Lunatic asylums United Provinces 1899-1908 - 1899-1908
Year: 1899
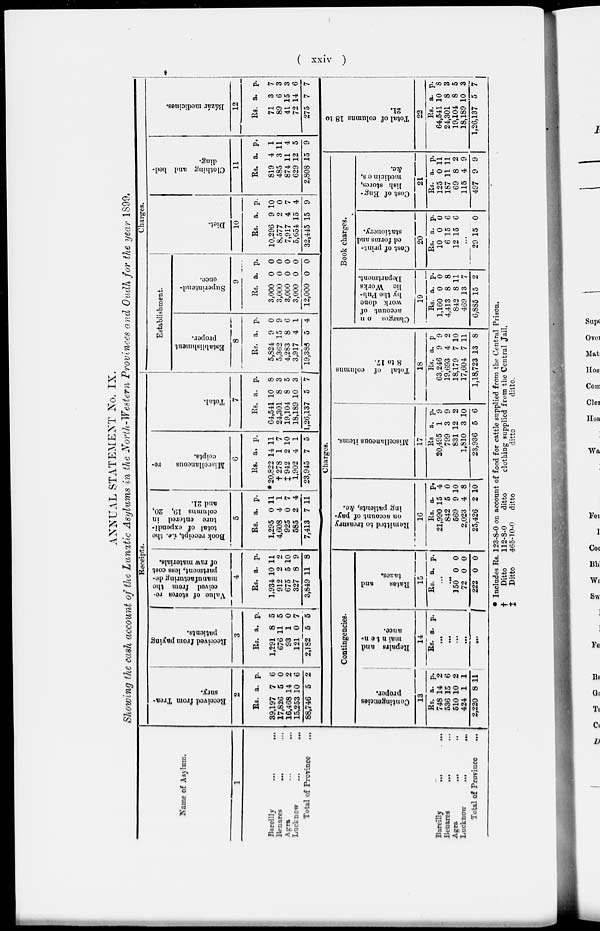
( xxiv )
ANNUAL STATEMENT No. IX.
Showing the cash account of the Lunatic Asylums in the North-Western Provinces and Oudh for the year 1899.
Name of Asylum.
1
Bareilly ... ...
Benares
...
...
Agra ... ...
Lucknow
...
...
Total of Province ... ...
Receipts.
Received from Trea-
sury.
2
Rs.
39,197
17,826
16,468
15,253
88,746
a.
7
5
14
10
5
p.
6
0
2
6
2
Received from paying
patients.
3
Rs.
1,291
676
93
121
2,182
a.
8
11
1
0
5
p.
5
5
0
7
5
Value of stores re-
ceived from the
manufacturing de-
partment, less cost
of raw materials.
4
Rs.
1,934
912
675
327
3,849
a.
10
2
5
8
11
p.
11
2
10
9
8
Book receipt,
i.e. the
total of expendi-
ture entered in
columns 19, 20,
and 21.
5
Rs.
1,295
4,608
925
585
7,413
a.
0
4
0
2
7
p.
11
1
7
4
11
Miscellaneous
re-
ceipts.
6
Rs.
* 20,822
†278
‡ 942
1,902
23,945
a. p.
14 11
1
2
4
7
7
10
1
5
Total.
7
Rs.
64,541
24,301
19,104
18,189
1,26,137
a.
10
8
8
10
5
p.
8
3
5
3
7
Charges.
Establishment.
Establishment
proper.
8
Rs.
5,824
5,362
4,283
3,917
19,388
a.
9
15
8
4
5
p.
0
9
6
1
4
Superintend-
ence.
9
Rs.
3,000
3,000
3,000
3,000
12,000
a.
0
0
0
0
0
p.
0
0
0
0
0
Diet.
10
Rs.
10,296
8,577
7,917
5,654
32,445
a.
9
2
4
15
15
p.
10
0
7
4
9
Clothing and bed-
ding.
11
Rs.
819
485
874
629
2,808
a.
4
3
11
12
15
p.
1
11
4
5
9
Bázár medicines.
12
Rs.
71
89
41
72
275
a.
3
6
15
14
7
p.
7
3
3
6
7
Bareilly
...
...
Benares ... ...
Agra. ... ...
Lucknow ... ...
Total of Province...
Charges.
Contingencies.
Contingencies
proper.
13
Rs.
748
536
510
424
2,220
a.
14
15
10
1
8
p.
2
6
2
1
11
Repairs and
mainten-
ance.
14
Rs. a. p.
...
...
...
...
...
Rates
and
taxes.
15
Rs. a. p.
...
...
150
72
222
0
0
0
0
0
0
Remitted
to treasury
on account of pay-
ing patients, & c.
16
Rs.
21,990
842
569
2,023
25,426
a.
15
5
9
4
2
p.
4
0
10
8
10
Miscellaneous items.
17
Rs.
20,495
799
831
1,810
23,936
a.
1
3
12
3
5
p.
9
9
2
10
6
Total of columns
8 to 17.
18
Rs.
63,246
19,693
18,179
17,604
1,18,723
a.
9
4
7
7
13
p.
9
2
10
11
8
Book charges.
Charges on
account of
work done
by the Pub-
lic Works
Department.
19
Rs.
1,160
4,413
842
469
6,885
a.
0
8
8
13
15
p.
0
8
11
7
2
Cost of print-
ed forms and
stationery.
20
Rs.
10
6
12
a.
0
15
15
p.
0
6
6
...
29 15 0
Cost of Eng-
lish stores,
medicines,
&c.
21
Rs.
125
187
69
115
497
a.
0
11
8
4
9
p.
11
11
2
9
9
Total of columns 18 to
21.
22
Rs.
64,541
24,301
19,104
18,189
1,26,137
a.
10
8
8
10
5
p.
8
3
5
3
7
*
†
‡
Includes Rs. 123-8-0 on account of food for cattle supplied from the Central Prison.
Ditto
112-8-0
ditto
clothing supplied from the Central Jail.
Ditto
465-10-0
ditto
ditto
ditto.